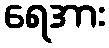
ရေအား